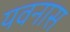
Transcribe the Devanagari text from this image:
यवनास